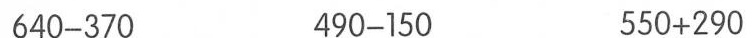
640-370 490-150 550+290